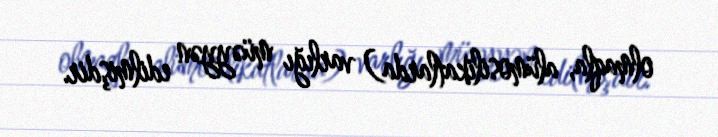
olmaqla, alümosilikatlarda) varlığı müəyyən edilmişdir.